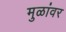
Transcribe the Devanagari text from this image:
मुळांवर